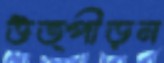
উত্পীড়ন